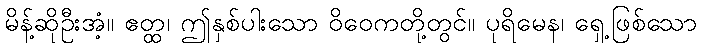
မိန့်ဆိုဦးအံ့။ ဧတ္ထ၊ ဤနှစ်ပါးသော ဝိဝေကတို့တွင်။ ပုရိမေန၊ ရှေ့ဖြစ်သော